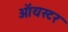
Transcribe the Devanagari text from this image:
ऑयस्टर